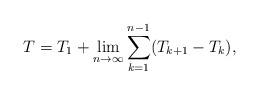
LaTeX: \begin{align*}T=T_1+ \lim_{n\to \infty} \sum_{k=1}^{n-1} (T_{k+1}-T_k),\end{align*}